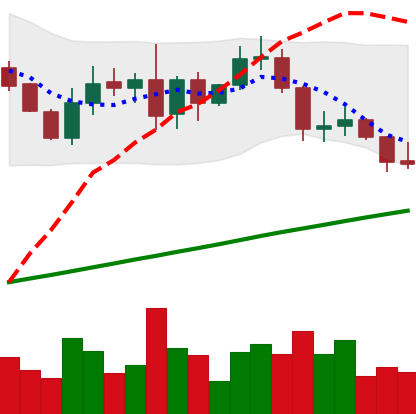
Ticker: LINK-USD
Chart end date: 2019-08-26
Forward return: -13.801%
Label: down_7plus